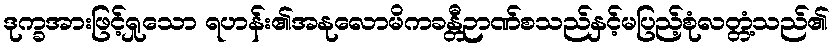
ဒုက္ခအားဖြင့်ရှုသော ရဟန်း၏အနုလောမိကခန္တီဉာဏ်စသည်နှင့်မပြည့်စုံလတ္တံ့သည်၏